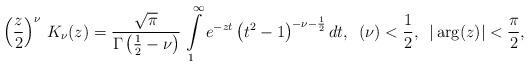
LaTeX: \begin{align*}\left(\frac{z}{2}\right)^{\nu}\,K_{\nu}(z)=\frac{\sqrt{\pi}}{\Gamma\left(\frac{1}{2}-\nu\right)}\,\intop_{1}^{\infty}e^{-zt}\left(t^{2}-1\right)^{-\nu-\frac{1}{2}}dt,\,\,\,(\nu)<\frac{1}{2},\,\,\,|\arg(z)|<\frac{\pi}{2},\end{align*}